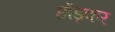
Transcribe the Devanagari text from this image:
छोंड़कर